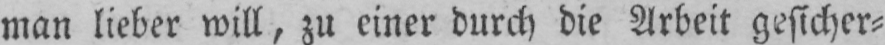
man lieber will, zu einer durch die Arbeit gesicher⸗